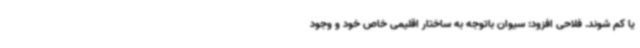
یا کم شوند. فلاحی افزود: سیوان باتوجه به ساختار اقلیمی خاص خود و وجود